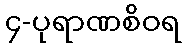
၄-ပုရာဏစိဝရ